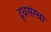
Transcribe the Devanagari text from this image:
दूधसंस्था